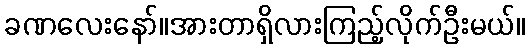
ခဏလေးနော်။အားတာရှိလားကြည့်လိုက်ဦးမယ်။